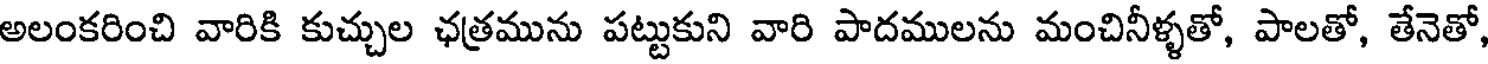
అలంకరించి వారికి కుచ్చుల ఛత్రమును పట్టుకుని వారి పాదములను మంచినీళ్ళతో, పాలతో, తేనెతో,